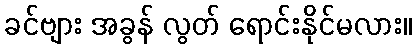
ခင်ဗျား အခွန် လွတ် ရောင်းနိုင်မလား။